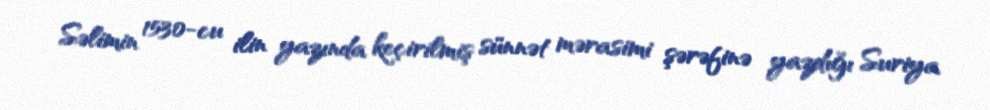
Səlimin 1530-cu ilin yazında keçirilmiş sünnət mərasimi şərəfinə yazdığı Suriya